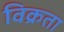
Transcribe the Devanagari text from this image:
विक्रता